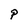
Character: P